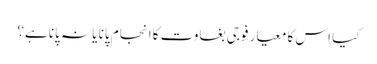
کیا اس کا معیار فوجی بغاوت کا انجام پانا یا نہ پانا ہے؟